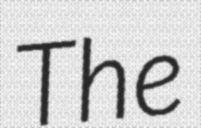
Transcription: The